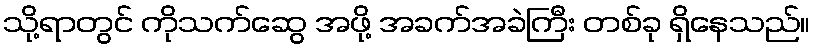
သို့ရာတွင် ကိုသက်ဆွေ အဖို့ အခက်အခဲကြီး တစ်ခု ရှိနေသည်။